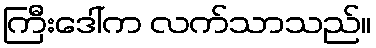
ကြီးဒေါ်က လက်သာသည်။